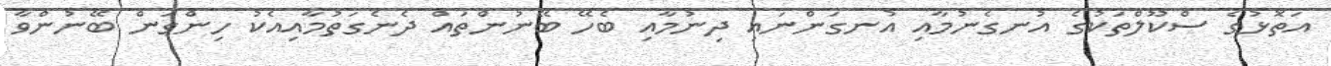
އަތޮޅުގެ ސްކޫލްތަކުގެ އުނގެނުމާއި އުނގަންނައި ދިނުމާއި ބެހޭ ބޭނުންތައް ދެނެގަތުމާއިއެކު ހިންގަން ބޭނުންވާ